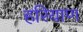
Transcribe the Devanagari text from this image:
हरियाण